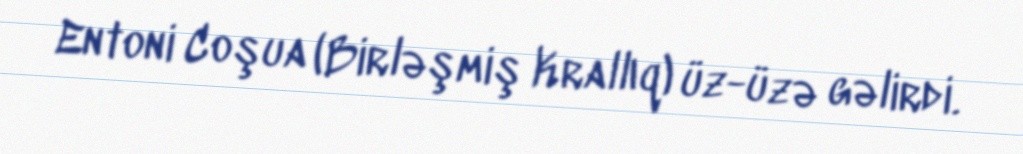
Entoni Coşua (Birləşmiş Krallıq) üz-üzə gəlirdi.